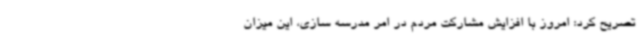
تصریح کرد: امروز با افزایش مشارکت مردم در امر مدرسه سازی، این میزان